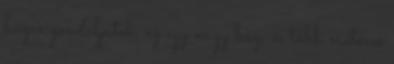
bûzre gondoljatok, ez egy nagy bûz, és több méteres